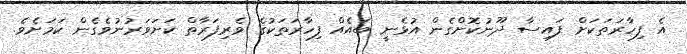
އެ ފިހާރަތަކަށް ފައިސާ ދޫނުކޮށްގެން އުޅެނީ ބައެއް ފިހާރަތަކުގެ ވެރިފަރާތް ކަށަވަރުނުވެގެން ކަމަށެވެ.